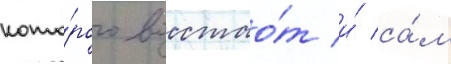
кото́рого восстао́т и́ са́м